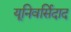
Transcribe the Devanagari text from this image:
यूनिवर्सिदाद